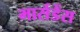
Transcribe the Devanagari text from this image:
मार्सडेंस